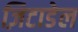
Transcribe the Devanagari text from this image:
ज़िटाडेल